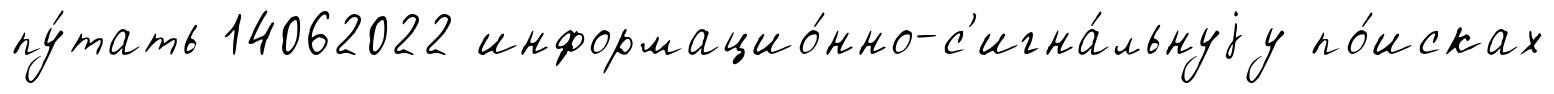
пу́тать 14062022 информацио́нно-с'игна́льнуjу по́исках